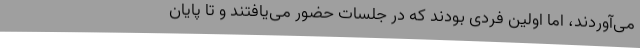
می‌آوردند، اما اولین فردی بودند که در جلسات حضور می‌یافتند و تا پایان